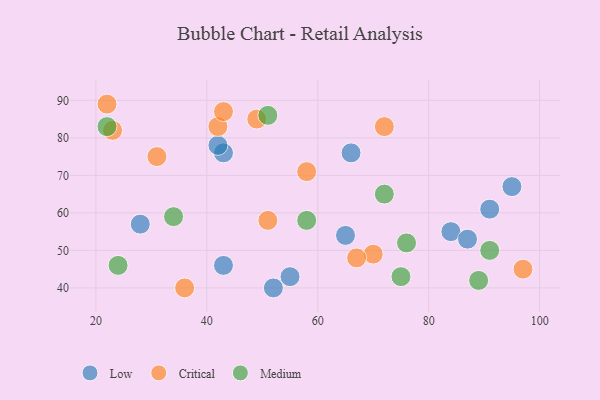
{"axis": {"x": "GDP", "y": "Life Expectancy"}, "legend": ["Critical", "Low", "Medium"], "data": [{"x": "91", "y": 61, "type": "Low"}, {"x": "43", "y": 76, "type": "Low"}, {"x": "52", "y": 40, "type": "Low"}, {"x": "84", "y": 55, "type": "Low"}, {"x": "66", "y": 76, "type": "Low"}, {"x": "87", "y": 53, "type": "Low"}, {"x": "43", "y": 46, "type": "Low"}, {"x": "28", "y": 57, "type": "Low"}, {"x": "95", "y": 67, "type": "Low"}, {"x": "55", "y": 43, "type": "Low"}, {"x": "42", "y": 78, "type": "Low"}, {"x": "65", "y": 54, "type": "Low"}, {"x": "97", "y": 45, "type": "Critical"}, {"x": "58", "y": 71, "type": "Critical"}, {"x": "23", "y": 82, "type": "Critical"}, {"x": "42", "y": 83, "type": "Critical"}, {"x": "70", "y": 49, "type": "Critical"}, {"x": "49", "y": 85, "type": "Critical"}, {"x": "31", "y": 75, "type": "Critical"}, {"x": "67", "y": 48, "type": "Critical"}, {"x": "36", "y": 40, "type": "Critical"}, {"x": "22", "y": 89, "type": "Critical"}, {"x": "43", "y": 87, "type": "Critical"}, {"x": "51", "y": 58, "type": "Critical"}, {"x": "72", "y": 83, "type": "Critical"}, {"x": "34", "y": 59, "type": "Medium"}, {"x": "24", "y": 46, "type": "Medium"}, {"x": "22", "y": 83, "type": "Medium"}, {"x": "75", "y": 43, "type": "Medium"}, {"x": "76", "y": 52, "type": "Medium"}, {"x": "72", "y": 65, "type": "Medium"}, {"x": "51", "y": 86, "type": "Medium"}, {"x": "89", "y": 42, "type": "Medium"}, {"x": "58", "y": 58, "type": "Medium"}, {"x": "91", "y": 50, "type": "Medium"}]}